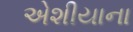
એશીયાના